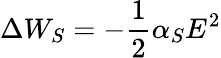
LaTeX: \Delta W_{S}=-\frac{1}{2}\alpha_{S}E^{2}